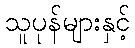
သူပုန်များနှင့်